Annual statistical returns and brief notes on vaccination in Bengal - 1896-1909
Year: 1896
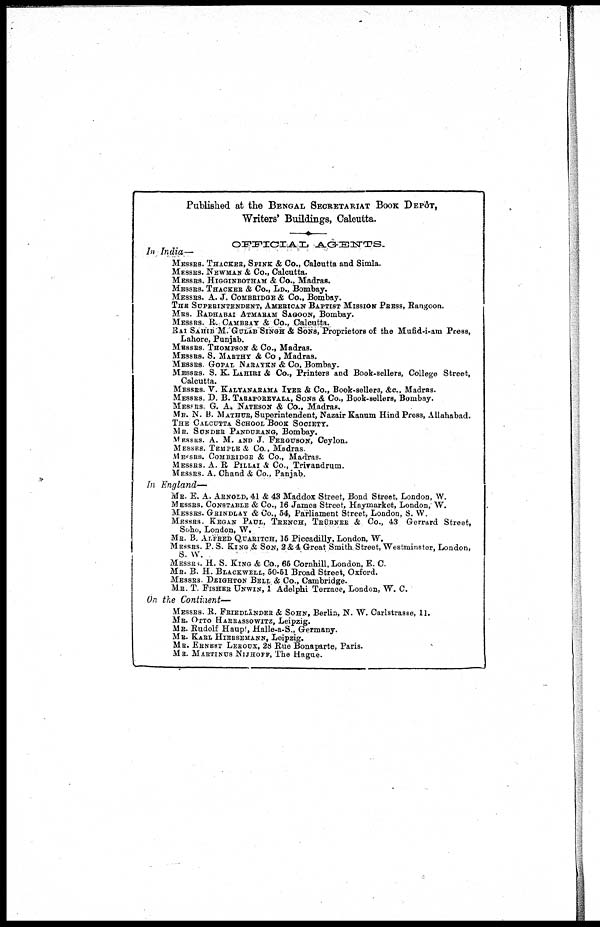
Published at the BENGAL SECRETARIAT BOOK DEPÔT,
Writers' Buildings, Calcutta.
OFFICIAL AGENTS.
In India.—
MESSRS. THACKER, SPINE & Co., Calcutta and Simla.
MESSRS. NEWMAN & Co., Calcutta.
MESSRS. HIGGINBOTHAM & Co., Madras.
MESSRS. THACKER & Co., LD., Bombay.
MESSRS. A. J. COMBRIDGE & Co., Bombay.
THE SUPERINTENDENT, AMERICAN BAPTIST MISSION PRESS, Rangoon.
MRS. RADHABAI ATMARAM SAGOON, Bombay.
MESSRS. R. CAMBRAY & Co., Calcutta.
RAI SAHIB M. GULAB SINGH & SONS, Proprietors of the Mufid-i-am Press,
Lahore, Punjab.
MESSRS. THOMPSON & Co., Madras.
MESSRS. S. MARTHY & Co., Madras.
MESSRS. GOPAL NARAYKN & Co, Bombay.
MESSRS. S. K. LAHIRI & Co., Printers and Book-sellers, College Street,
Calcutta.
MESSRS. V. KALYANARAMA IYER & Co., Book-sellers, &c., Madras.
MESSRS. D. B. TARAPOREVALA, SONS & Co., Book-sellers, Bombay.
MESSRS. G. A. NATESON & Co., Madras.
MR. N. B. MATHUR, Superintendent, Nazair Kanum Hind Press, Allahabad.
THE CALCUTTA SCHOOL BOOK SOCIETY.
MR. SUNDER PANDURANG, Bombay.
MESSRS. A. M. AND J. FERGUSON, Ceylon.
MESSRS. TEMPLE & Co., Madras.
MESSRS. COMBRIDGE & Co., Madras.
MESSRS. A. R. PILLAI & Co., Trivandrum.
MESSRS. A. Chand & Co., Panjab.
In England—
MR. E. A. ARNOLD, 41 & 43 Maddox Street, Bond Street, London, W.
MESSRS. CONSTABLE & Co., 16 James Street, Haymarket, London, W.
MESSRS. GRINDLAY & Co., 54, Parliament Street, London, S. W.
MESSRS KEGAN PAUL, TRENCH, TRÜBNER & Co., 43 Gerrard Street,
Soho, London, W.
MR. B. ALFRED QUARITCH, 16 Piccadilly, London, W.
MESSRS. P. S. KING & SON, 2&4 Great Smith Street, Westminster, London,
S. W.
MESSRS. H. S. KING & Co., 65 Cornhill, London, E. C.
MR. B. H. BLACKWELL, 50-51 Broad Street, Oxford.
MESSRS. DEIGHTON BELL & Co., Cambridge.
MR. T. FISHER UNWIN, 1 Adelphi Terrace, London, W. C.
On the Continent—
MESSRS. R. FRIEDLÄNDER & SOHN, Berlin, N. W. Carlstrasse, 11.
MR. OTTO HARRASSOWITZ, Leipzig.
MR. Rudolf Haupt, Halle-a-S., Germany.
MR. KARL HIERSEMANN, Leipzig.
MR. ERNEST LEROUX, 28 Rue Bonaparte, Paris.
MR. MARTINUS NIJHOFF, The Hague.